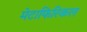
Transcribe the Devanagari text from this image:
मेटाफिरिकल